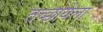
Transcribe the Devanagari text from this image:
तच्छायेला